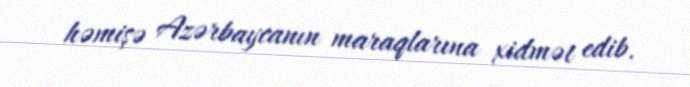
həmişə Azərbaycanın maraqlarına xidmət edib.